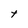
Character: t